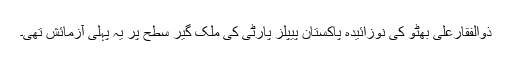
ذوالفقارعلی بھٹو کی نوزائیدہ پاکستان پیپلز پارٹی کی ملک گیر سطح پر یہ پہلی آزمائش تھی۔